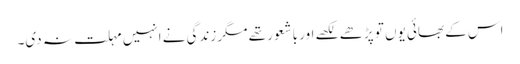
اس کے بھائی یوں تو پڑھے لکھے اور باشعور تھے مگر زندگی نے انہیں مہلت نہ دی۔